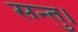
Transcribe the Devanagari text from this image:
सन्तु।